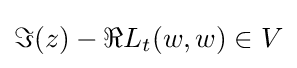
\Im (z)-\Re L_{t}(w,w)\in V